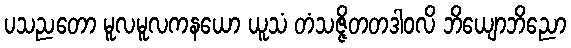
ပသညတော မူလမူလကနယော ယူသံ တံသဇ္ဇိတတဒါဝလိ ဘိယျောဘိညော